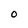
Character: O